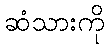
ဆံသားကို